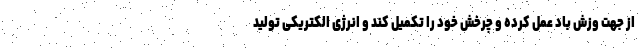
از جهت وزش باد عمل کرده و چرخش خود را تکمیل کند و انرژی الکتریکی تولید